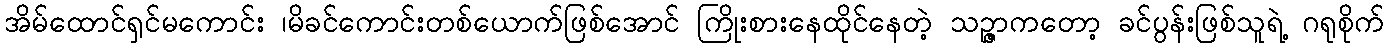
အိမ်ထောင်ရှင်မကောင်း ၊မိခင်ကောင်းတစ်ယောက်ဖြစ်အောင် ကြိုးစားနေထိုင်နေတဲ့ သဉ္ဇာကတော့ ခင်ပွန်းဖြစ်သူရဲ့ ဂရုစိုက်